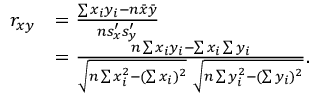
{ \begin{array} { r l } { r _ { x y } } & { = { \frac { \sum x _ { i } y _ { i } - n { \bar { x } } { \bar { y } } } { n s _ { x } ^ { \prime } s _ { y } ^ { \prime } } } } \\ & { = { \frac { n \sum x _ { i } y _ { i } - \sum x _ { i } \sum y _ { i } } { { \sqrt { n \sum x _ { i } ^ { 2 } - ( \sum x _ { i } ) ^ { 2 } } } ~ { \sqrt { n \sum y _ { i } ^ { 2 } - ( \sum y _ { i } ) ^ { 2 } } } } } . } \end{array} }